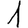
Digit: 1